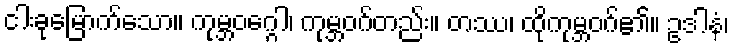
ငါးခုမြောက်သော။ ကုမ္ဘဝဂ္ဂေါ၊ ကုမ္ဘဝဂ်တည်း။ တဿ၊ ထိုကုမ္ဘဝဂ်၏။ ဥဒါနံ၊